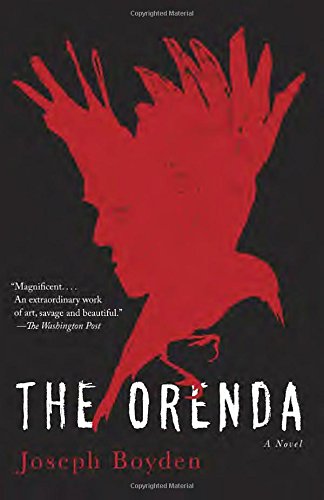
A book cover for The Orenda; Joseph Boyden; Literature & Fiction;